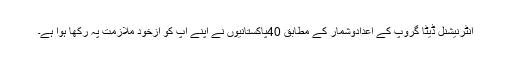
انٹرنیشنل ڈیٹا گروپ کے اعدادوشمار کے مطابق 40پاکستانیوں نے اپنے آپ کو ازخود ملازمت پہ رکھا ہوا ہے۔